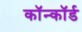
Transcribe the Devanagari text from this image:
कॉन्कॉर्ड